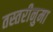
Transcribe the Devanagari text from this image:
तस्तरीनुमा